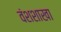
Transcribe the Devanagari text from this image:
वंशशाखा